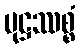
မုဋ္ဌဿစ္စံ